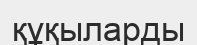
құқыларды